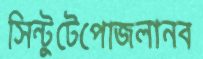
সিন্টুটেপোজলানব